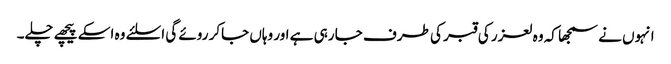
انہوں نے سمجھا کہ وہ لعزر کی قبر کی طرف جا رہی ہے اور وہاں جاکر روئے گی اسلئے وہ اسکے پیچھے چلے۔